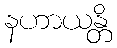
နဟာယန္တိ